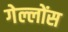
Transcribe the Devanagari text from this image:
गेल्लोंस